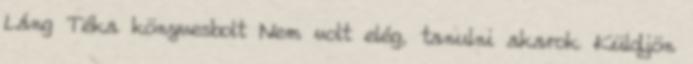
Láng Téka könyvesbolt Nem volt elég, tanulni akarok Küldjön